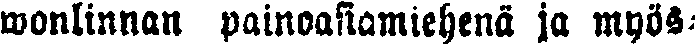
wonlinnan painoasiamiehena ja myös-